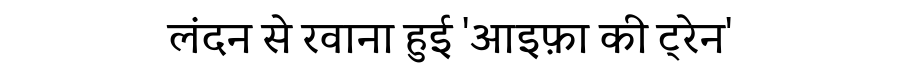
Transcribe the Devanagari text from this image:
लंदन से रवाना हुई 'आइफ़ा की ट्रेन'